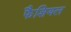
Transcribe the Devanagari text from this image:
फैशियल